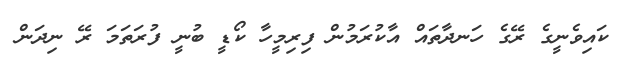
ކައިވެނީގެ ރޭގެ ހަނދާތައް އާކުރަމުން ފިރިމީހާ ކޯޑީ ބުނީ ފުރަތަމަ ރޭ ނިދަން